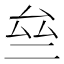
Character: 亝